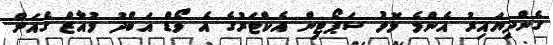
ގެންދިޔައިރު އެންމެ މޮޅު ސަޕޯޓިން އެކްޓަރުގެ އެ ވޯޑް އަބްދު މުއާޒް ގެއަށް